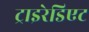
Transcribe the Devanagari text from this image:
ट्राइरेडिएट